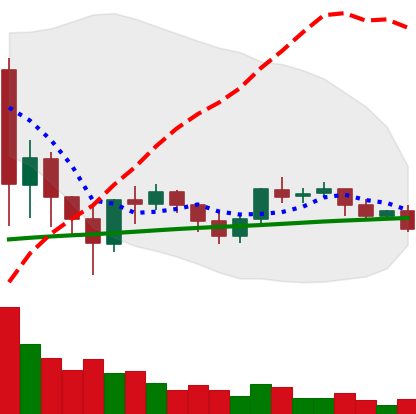
Ticker: XRP-USD
Chart end date: 2021-06-07
Forward return: -3.306%
Label: down_3_5